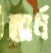
অর্ধ